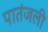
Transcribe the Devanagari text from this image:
पातंजली